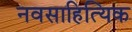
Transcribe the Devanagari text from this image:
नवसाहित्यिक